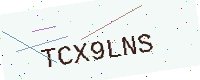
Text: TCX9LNS